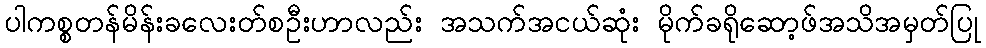
ပါကစ္စတန်မိန်းခလေးတ်စဦးဟာလည်း အသက်အငယ်ဆုံး မိုက်ခရိုဆော့ဖ်အသိအမှတ်ပြု